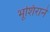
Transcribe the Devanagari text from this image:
भूशिराने